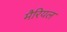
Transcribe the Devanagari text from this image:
मैरियल